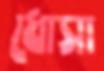
ধোসা